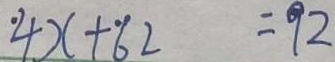
4 2 x + 6 2 = 9 2